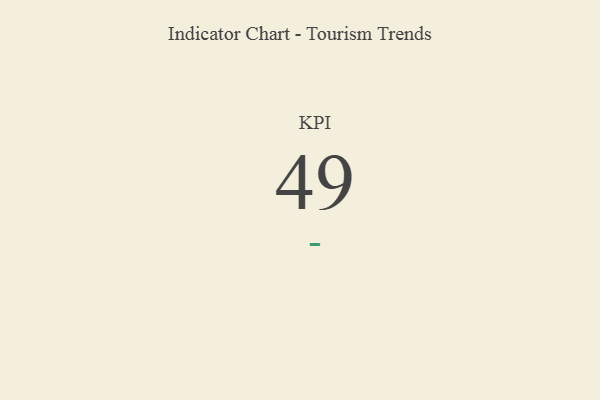
{"axis": {"x": "KPI", "y": "Value"}, "legend": [""], "data": [{"x": "KPI", "y": 49, "type": ""}]}